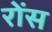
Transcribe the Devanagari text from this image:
रोंस